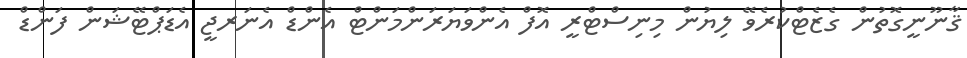
ޤާނޫނީގޮތުން ގެޒެޓްކުރެވޭ ލިޔުން މިނިސްޓްރީ އޮފް އެންވަޔަރަންމަންޓް އެންޑް އެނަރޖީ އެޑަޕްޓޭޝަން ފަންޑް